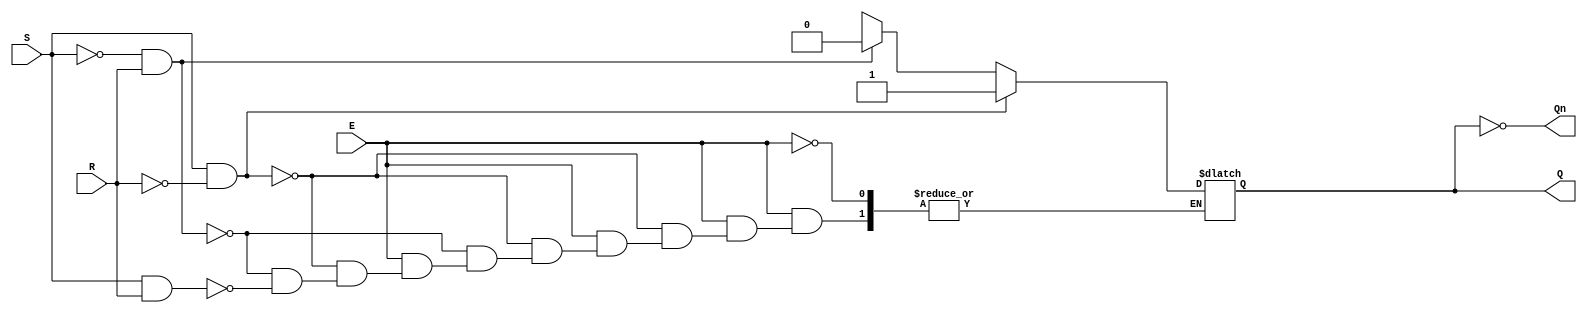
module gated_sr_latch (
    input wire S,      // Set input
    input wire R,      // Reset input
    input wire E,      // Enable input
    output reg Q,      // Output Q
    output wire Qn     // Complementary output Q'
);

// Qn is the complement of Q
assign Qn = ~Q;

// Always block to implement the gated SR latch behavior
always @(*) begin
    if (E) begin
        if (S && !R) begin
            Q = 1'b1;  // Set Q to 1
        end else if (!S && R) begin
            Q = 1'b0;  // Reset Q to 0
        end else if (S && R) begin
            Q = 1'bx;  // Undefined state (not recommended in practice)
        end
        // If S and R are both 0, retain the current state
    end
    // If E is 0, Q retains its previous state (no action taken)
end

endmodule